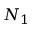
N _ { 1 }